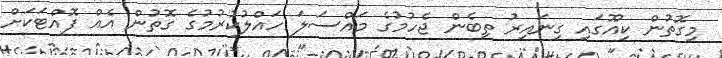
މިގޮތުން ކިއޫގައި ގިނައިރު ތިބެން ޖެހުމުގެ މައްސަލަ ހައްލުކުރުމުގެ ގޮތުން އެއް ފޮއްޓަކަށް